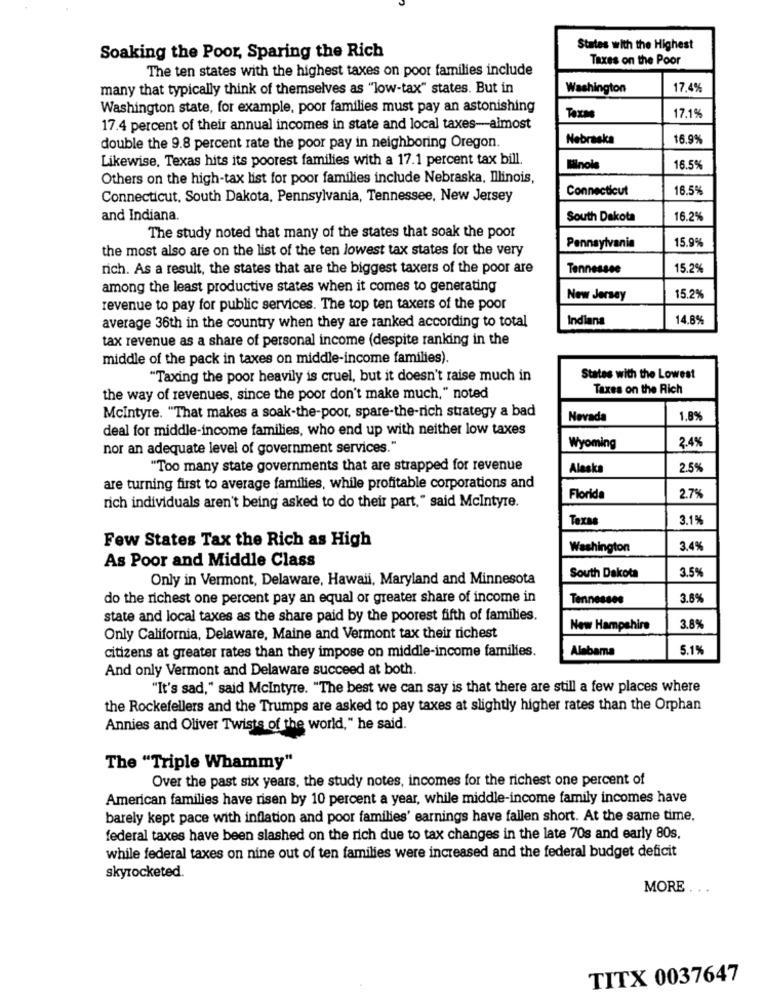
States with the Highest
Soaking the Poor, Sparing the Rich
Taxes on the Poor
The ten states with the highest taxes on poor families include
many that typically think of themselves as "low-tax" states. But in
Washington
17.4%
Washington state, for example, poor families must pay an astonishing
Taxas
17.1%
17.4 percent of their annual incomes in state and local taxes-almost
Nebraska
16.9%
double the 9.8 percent rate the poor pay in neighboring Oregon.
Likewise, Texas hits its poorest families with a 17.1 percent tax bill.
Blnole
16.5%
Others on the high-tax list for poor families include Nebraska, Illinois,
Connecticut
16.5%
Connecticut, South Dakota, Pennsylvania, Tennessee, New Jersey
and Indiana.
South Dakota
16.2%
The study noted that many of the states that soak the poor
15.9%
the most also are on the list of the ten lowest tax states for the very
Pennsylvania
rich. As a result, the states that are the biggest taxers of the poor are
Tennessee
15.2%
among the least productive states when it comes to generating
New Jersey
15.2%
revenue to pay for public services. The top ten taxers of the poor
average 36th in the country when they are ranked according to total
Indiana
14.8%
tax revenue as a share of personal income (despite ranking in the
middle of the pack in taxes on middle-income families).
"Taxing the poor heavily is cruel, but it doesn't raise much in
States with the Lowest
Taxes on the Rich
the way of revenues, since the poor don't make much," noted
Mcintyre. "That makes a soak-the-poor, spare-the-rich strategy a bad
Nevada
1.8%
deal for middle-income families, who end up with neither low taxes
nor an adequate level of government services."
Wyoming
2.4%
"Too many state governments that are strapped for revenue
Alaska
2.5%
are turning first to average families, while profitable corporations and
rich individuals aren't being asked to do their part, " said Mcintyre.
Florida
2.7%
Texas
3.1%
Few States Tax the Rich as High
Washington
3.4%
As Poor and Middle Class
3.5%
Only in Vermont, Delaware, Hawaii, Maryland and Minnesota
South Dakota
do the richest one percent pay an equal or greater share of income in
Tennesses
3.6%
state and local taxes as the share paid by the poorest fifth of families.
New Hampshire
3.8%
Only California, Delaware, Maine and Vermont tax their richest
citizens at greater rates than they impose on middle-income families.
Alabama
5.1%
And only Vermont and Delaware succeed at both.
"It's sad," said Mcintyre. "The best we can say is that there are still a few places where
the Rockefellers and the Trumps are asked to pay taxes at slightly higher rates than the Orphan
Annies and Oliver Twists of the world," he said.
The "Triple Whammy"
Over the past six years, the study notes, incomes for the richest one percent of
American families have risen by 10 percent a year, while middle-income family incomes have
barely kept pace with inflation and poor families' earnings have fallen short. At the same time.
federal taxes have been slashed on the rich due to tax changes in the late 70s and early 80s.
while federal taxes on nine out of ten families were increased and the federal budget deficit
skyrocketed.
MORE . ..
TITX 0037647